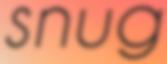
snug